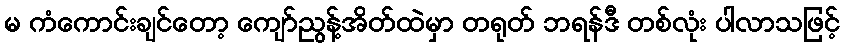
မ ကံကောင်းချင်တော့ ကျော်ညွန့်အိတ်ထဲမှာ တရုတ် ဘရန်ဒီ တစ်လုံး ပါလာသဖြင့်